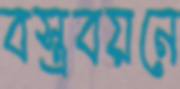
বস্ত্রবয়নে